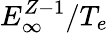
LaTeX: E_{\infty}^{Z-1}/T_{e}